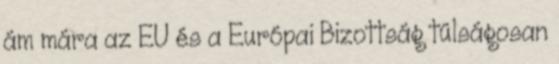
ám mára az EU és a Európai Bizottság túlságosan